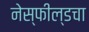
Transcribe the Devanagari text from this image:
नेस्फील्डचा